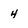
Character: 4